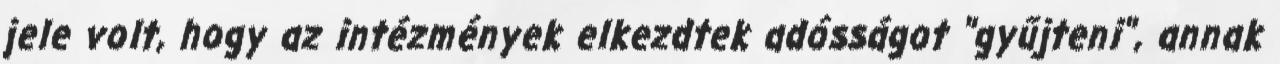
jele volt, hogy az intézmények elkezdtek adósságot "gyűjteni", annak